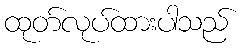
ထုတ်လုပ်ထားပါသည်